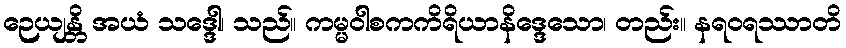
ဉေယျန္တိ အယံ သဒ္ဒေါ၊ သည်။ ကမ္မဝါစကကိရိယာနိဒ္ဒေသော၊ တည်း။ နရဝရဿာတိ